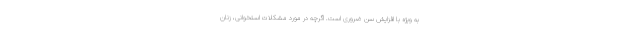
به ویژه با افزایش سن ضروری است. اگرچه در مورد مشکلات استخوانی، زنان